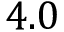
4 . 0